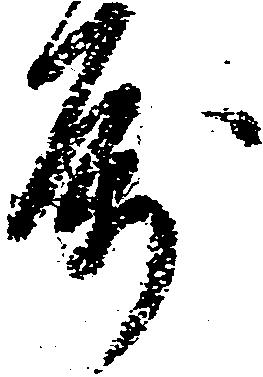
属